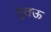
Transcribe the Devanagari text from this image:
पुतऊ